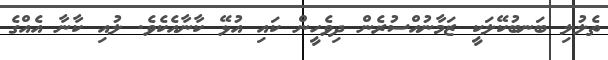
ތެލުލި ބަނބުކޭލަކީ ޒަމާނުއްސުރެން ދިވެހީން ކައި އުޅޭ ކާނާއެކެވެ. ލުއި ކާނާ އެއްގެ